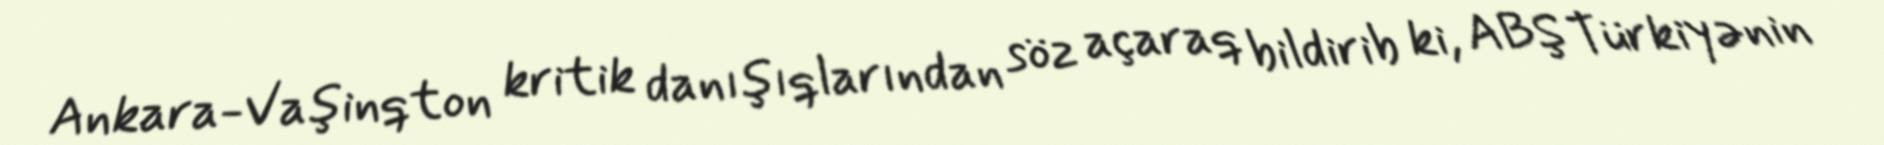
Ankara-Vaşinqton kritik danışıqlarından söz açaraq bildirib ki, ABŞ Türkiyənin